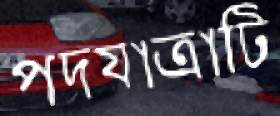
পদযাত্রাটি